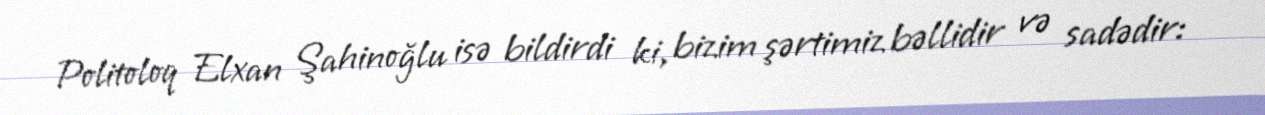
Politoloq Elxan Şahinoğlu isə bildirdi ki, bizim şərtimiz bəllidir və sadədir: